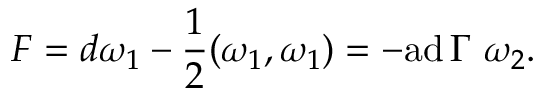
{ \cal F } = d \omega _ { 1 } - { \frac { 1 } { 2 } } ( \omega _ { 1 } , \omega _ { 1 } ) = - \mathrm { a d } \, \Gamma \, \, \omega _ { 2 } .